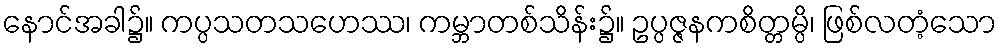
နောင်အခါ၌။ ကပ္ပသတသဟေဿ၊ ကမ္ဘာတစ်သိန်း၌။ ဥပ္ပဇ္ဇနကစိတ္တမ္ပိ၊ ဖြစ်လတံ့သော